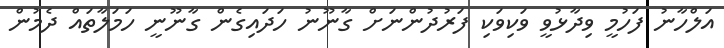
އަލްހާނު ފަހުމީ ވިދާޅުވީ ވަކިވަކި ފަރުދުންނަށް ގާނޫނު ހަދައިގެން ގާނޫނީ ހަމަލާތައް ދެމުން